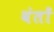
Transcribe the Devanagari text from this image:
वंतों